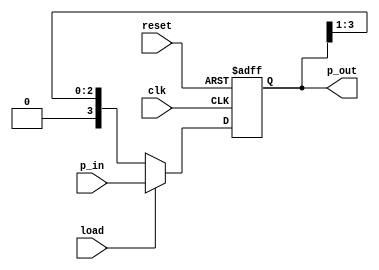
module PIPO_rt_ShiftRegister(
input clk, reset, load,
input [3:0] p_in,
output reg [3:0] p_out
);


always @(posedge clk or posedge reset)
begin
if (reset)
begin
p_out = 4'b0000;
end
else if(load)
begin
p_out <= p_in;
end
else
begin
p_out <= p_out >> 1;
end
end
endmodule